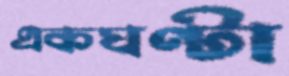
একঘণ্টা